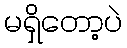
မရှိတော့ပဲ